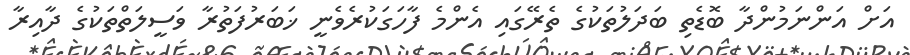
އަށް އަންނަމުންދާ ބޮޑެތި ބަދަލުތަކުގެ ތެރޭގައި އެންމެ ފާހަގަކުރެވެނީ ޚަބަރުފަތުރާ ވަސީލަތްތަކުގެ ދާއިރާ